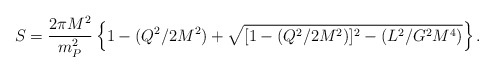
\begin{align*}S= {2\pi M^2 \over m_P^2} \left\{1 - (Q^2/2M^2) +\sqrt{[1-(Q^2/2M^2)]^2 - (L^2/G^2 M^4)}\right\}.\end{align*}